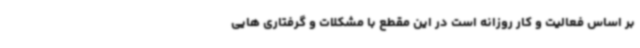
بر اساس فعالیت و کار روزانه است در این مقطع با مشکلات و گرفتاری هایی